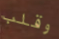
وقلب